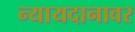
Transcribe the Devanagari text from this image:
न्यायदानावर